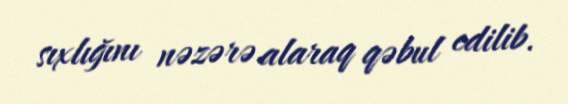
sıxlığını nəzərə alaraq qəbul edilib.